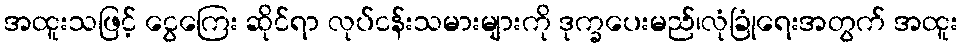
အထူးသဖြင့် ငွေကြေး ဆိုင်ရာ လုပ်ငန်းသမားများကို ဒုက္ခပေးမည်၊လုံခြုံရေးအတွက် အထူး